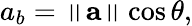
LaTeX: a_{b}=\left\| \mathbf{a}\right\| \cos\theta,